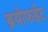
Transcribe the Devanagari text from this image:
ब्रयोफईट